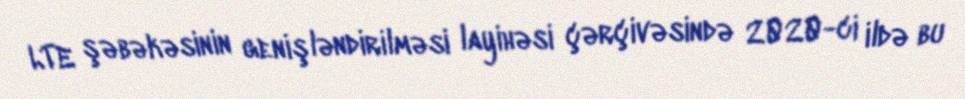
LTE şəbəkəsinin genişləndirilməsi layihəsi çərçivəsində 2020-ci ildə bu